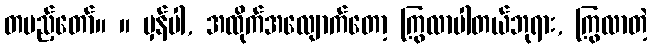
တပည့်တော်။ ။ မှန်ပါ, အထိုက်အလျောက်တော့ ကြွလာပါတယ်ဘုရား, ကြွလာတဲ့